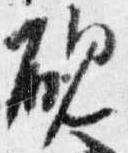
硯